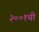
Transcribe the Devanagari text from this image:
२००१ची